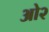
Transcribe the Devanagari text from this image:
ओ२